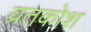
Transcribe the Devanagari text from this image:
व्रतकोश